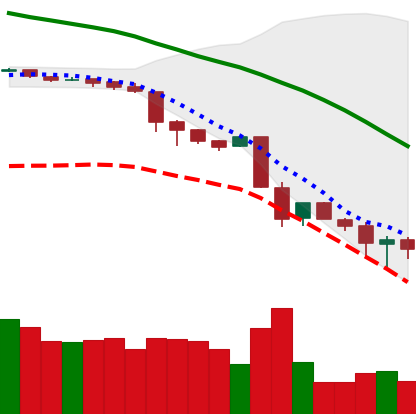
Ticker: BNB-USD
Chart end date: 2018-11-26
Forward return: 7.354%
Label: up_7plus